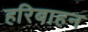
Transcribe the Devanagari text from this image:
हरिबाहन